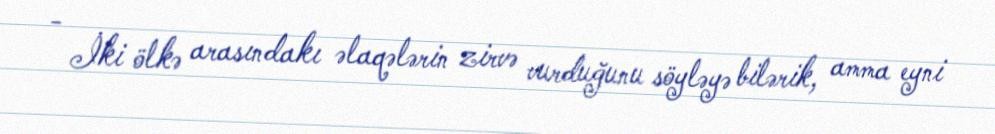
- İki ölkə arasındakı əlaqələrin zirvə vurduğunu söyləyə bilərik, amma eyni